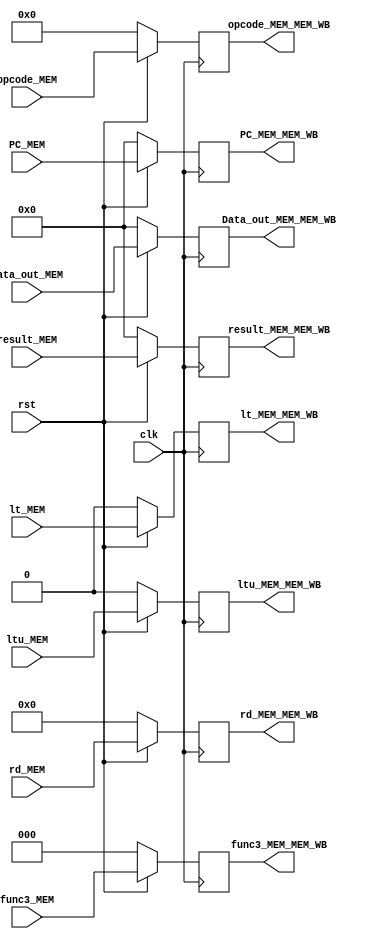
module MEM_WB (
    input wire clk,
    input wire rst,
    input wire [4:0] rd_MEM,
    input wire [2:0] func3_MEM,
    input wire [6:0] opcode_MEM,
    input wire [31:0] Data_out_MEM,
    input wire lt_MEM,
    input wire ltu_MEM,
    input wire [31:0] result_MEM,
    input wire [31:0] PC_MEM,
    output reg [4:0] rd_MEM_MEM_WB,
    output reg [2:0] func3_MEM_MEM_WB,
    output reg [6:0] opcode_MEM_MEM_WB,
    output reg [31:0] Data_out_MEM_MEM_WB,
    output reg lt_MEM_MEM_WB,
    output reg ltu_MEM_MEM_WB,
    output reg [31:0] result_MEM_MEM_WB,
    output reg [31:0] PC_MEM_MEM_WB
);

always @(posedge clk)
begin
    if (!rst)
    begin
        rd_MEM_MEM_WB <= 5'd0;
        func3_MEM_MEM_WB <= 3'd0;
        opcode_MEM_MEM_WB <= 7'd0;
        Data_out_MEM_MEM_WB <= 32'd0;
        lt_MEM_MEM_WB <= 1'd0;
        ltu_MEM_MEM_WB <= 1'd0;
        result_MEM_MEM_WB <= 32'd0;
        PC_MEM_MEM_WB <= 32'd0;
    end
    else
    begin
        rd_MEM_MEM_WB <= rd_MEM;
        func3_MEM_MEM_WB <= func3_MEM;
        opcode_MEM_MEM_WB <= opcode_MEM;
        Data_out_MEM_MEM_WB <= Data_out_MEM;
        lt_MEM_MEM_WB <= lt_MEM;
        ltu_MEM_MEM_WB <= ltu_MEM;
        result_MEM_MEM_WB <= result_MEM;
        PC_MEM_MEM_WB <= PC_MEM;
    end
end

endmodule